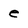
Character: e